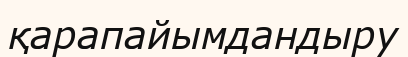
қарапайымдандыру